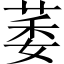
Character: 萎